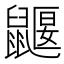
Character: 鼴